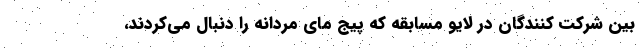
بین شرکت کنندگان در لایو مسابقه که پیج مای مردانه را دنبال می‌کردند،